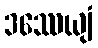
ဒဿေယျံ